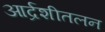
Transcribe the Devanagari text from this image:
आर्द्रशीतलन